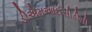
ડીએમઆઈસીડીસી